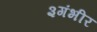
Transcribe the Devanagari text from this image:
३गंभीर